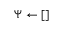
\boldsymbol \Psi \gets [ ]